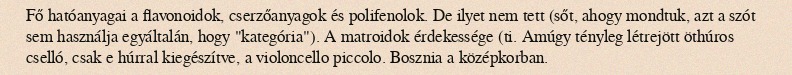
Fő hatóanyagai a flavonoidok, cserzőanyagok és polifenolok. De ilyet nem tett (sőt, ahogy mondtuk, azt a szót sem használja egyáltalán, hogy "kategória"). A matroidok érdekessége (ti. Amúgy tényleg létrejött öthúros cselló, csak e húrral kiegészítve, a violoncello piccolo. Bosznia a középkorban.